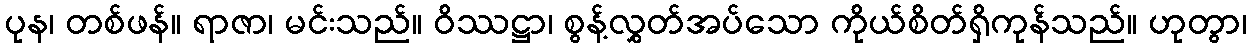
ပုန၊ တစ်ဖန်။ ရာဇာ၊ မင်းသည်။ ဝိဿဋ္ဌာ၊ စွန့်လွှတ်အပ်သော ကိုယ်စိတ်ရှိကုန်သည်။ ဟုတွာ၊